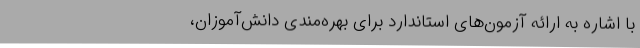
با اشاره به ارائه آزمون‌های استاندارد برای بهره‌مندی دانش‌آموزان،